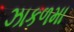
ઝાકળમા